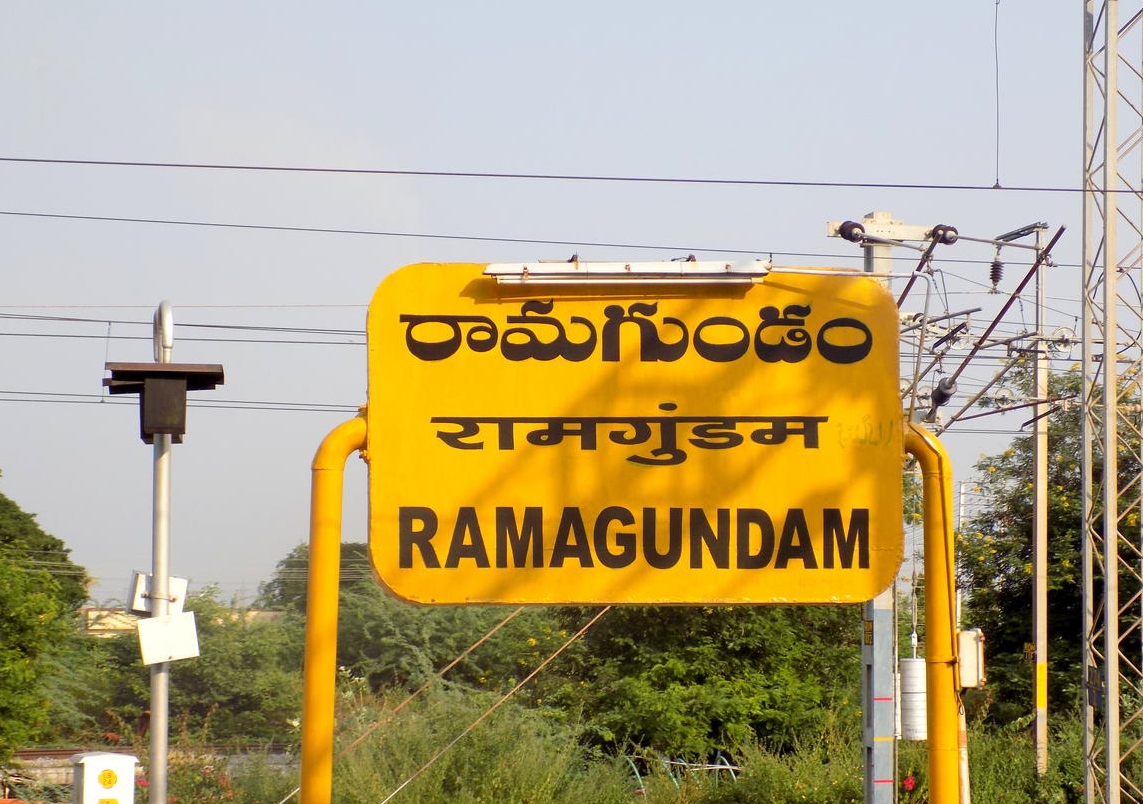
Language: telugu
Transcription: రామగుండం